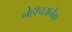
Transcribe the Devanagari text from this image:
नेहाचअनेक